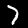
Digit: 7